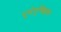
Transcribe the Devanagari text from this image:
पूर्वगुच्छिका